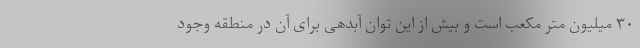
۳۰ میلیون متر مکعب است و بیش از این توان آبدهی برای آن در منطقه وجود